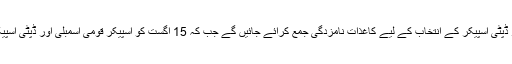
چودہ اگست کو اسپیکر اور ڈپٹی اسپیکر کے انتخاب کے لیے کاغذاتِ نامزدگی جمع کرائے جائیں گے جب کہ 15 اگست کو اسپیکر قومی اسمبلی اور ڈپٹی اسپیکر کا انتخاب کیا جائے گا۔